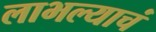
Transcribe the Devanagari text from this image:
लाभल्याचं